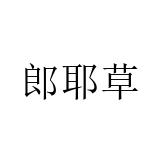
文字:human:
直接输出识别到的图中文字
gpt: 郎耶草